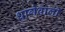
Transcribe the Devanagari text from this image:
धागेवाली